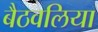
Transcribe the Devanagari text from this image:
बैठवलिया